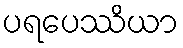
ပရပေဿိယာ